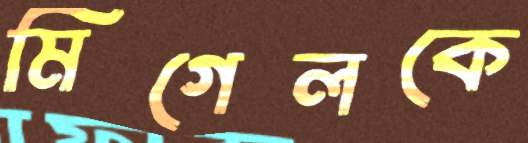
মিগেলকে